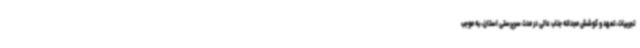
تجربیات، تعهد و کوشش مجدانه جناب عالی در مدت سرپرستی استان، به موجب